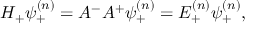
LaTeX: H _ { + } \psi _ { + } ^ { ( n ) } = A ^ { - } A ^ { + } \psi _ { + } ^ { ( n ) } = E _ { + } ^ { ( n ) } \psi _ { + } ^ { ( n ) } ,